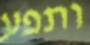
ותפע